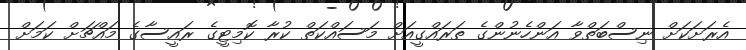
އެރަށަކަށް ނިސްބަތްވާ އަންހެނުންގެ ތަރައްގީއަށް މަސައްކަތް ކުރާ ކޮމިޓީގެ ރައީސާގެ މައްޗަށް ކަމަށް